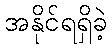
အနိုင်ရရှိခဲ့